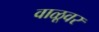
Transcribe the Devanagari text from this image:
वाळूवर